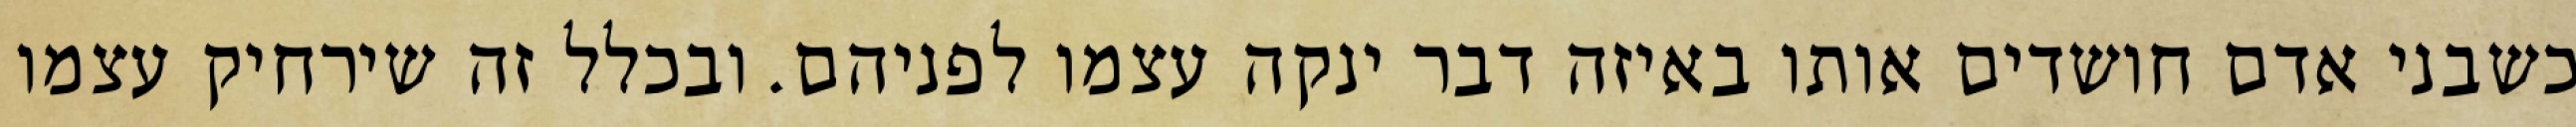
כשבני אדם חושדים אותו באיזה דבר ינקה עצמו לפניהם. ובכלל זה שירחיק עצמו